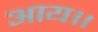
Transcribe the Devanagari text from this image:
आय।।